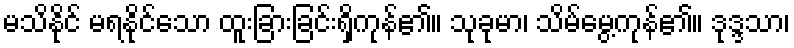
မသိနိုင် မရနိုင်သော ထူးခြားခြင်းရှိကုန်၏။ သုခုမာ၊ သိမ်မွေ့ကုန်၏။ ဒုဒ္ဒသာ၊